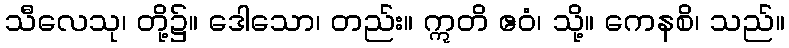
သီလေသု၊ တို့၌။ ဒေါသော၊ တည်း။ ဣတိ ဧဝံ၊ သို့။ ကေနစိ၊ သည်။